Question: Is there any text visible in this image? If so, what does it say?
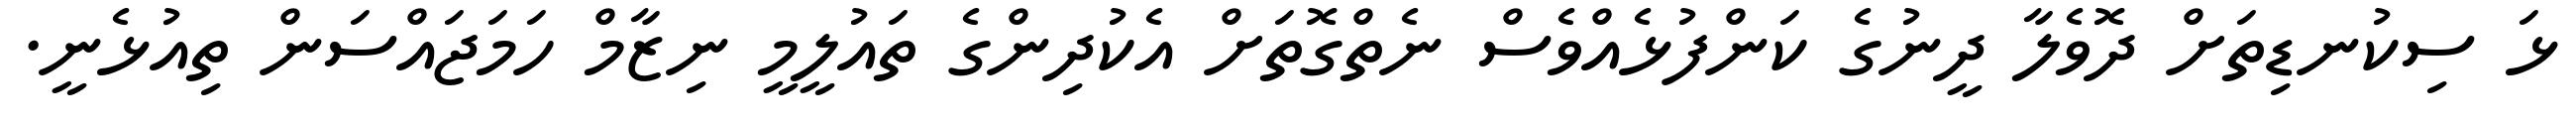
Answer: ޅަ ސިކުނޑިތަށް ދޮވެލާ ދީނުގެ ކަންފުޅެއްވެސް ނެތްގޮތަށް އެކުދިންގެ ތައުލީމީ ނިޒާމް ހަމަޖައްސަން ތިއުޅެނީ.